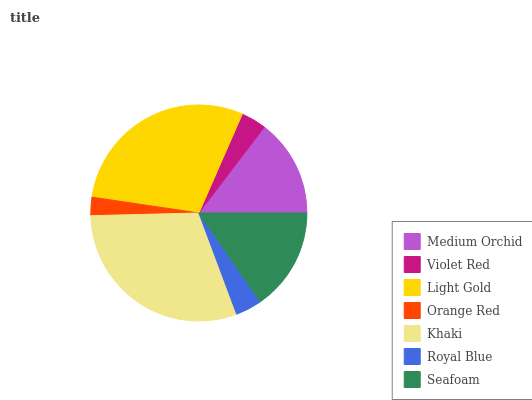
| Medium Orchid | Violet Red | Light Gold | Orange Red | Khaki | Royal Blue | Seafoam |
 | --- | --- | --- | --- | --- | --- | --- |
 | 14.6% | 3.77% | 29.3% | 2.74% | 30.2% | 3.93% | 15.4% |